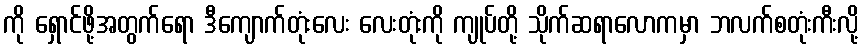
ကို ရှောင်ဖို့အတွက်ရော ဒီကျောက်တုံးလေး လေးတုံးကို ကျုပ်တို့ သိုက်ဆရာလောကမှာ ဘလက်စတုံးကီးလို့